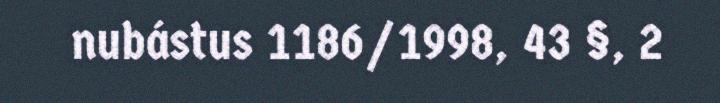
nubástus 1186/1998, 43 §, 2